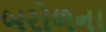
બરોળના